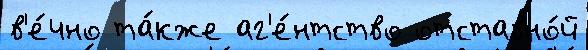
в'е́чно та́кже аг'е́нтство отставно́й